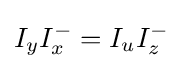
I_{y}I_{x}^{-}=I_{u}I_{z}^{-}